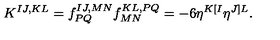
K ^ { I J , K L } = f _ { P Q } ^ { I J , M N } f _ { M N } ^ { K L , P Q } = - 6 \eta ^ { K [ I } \eta ^ { J ] L } .